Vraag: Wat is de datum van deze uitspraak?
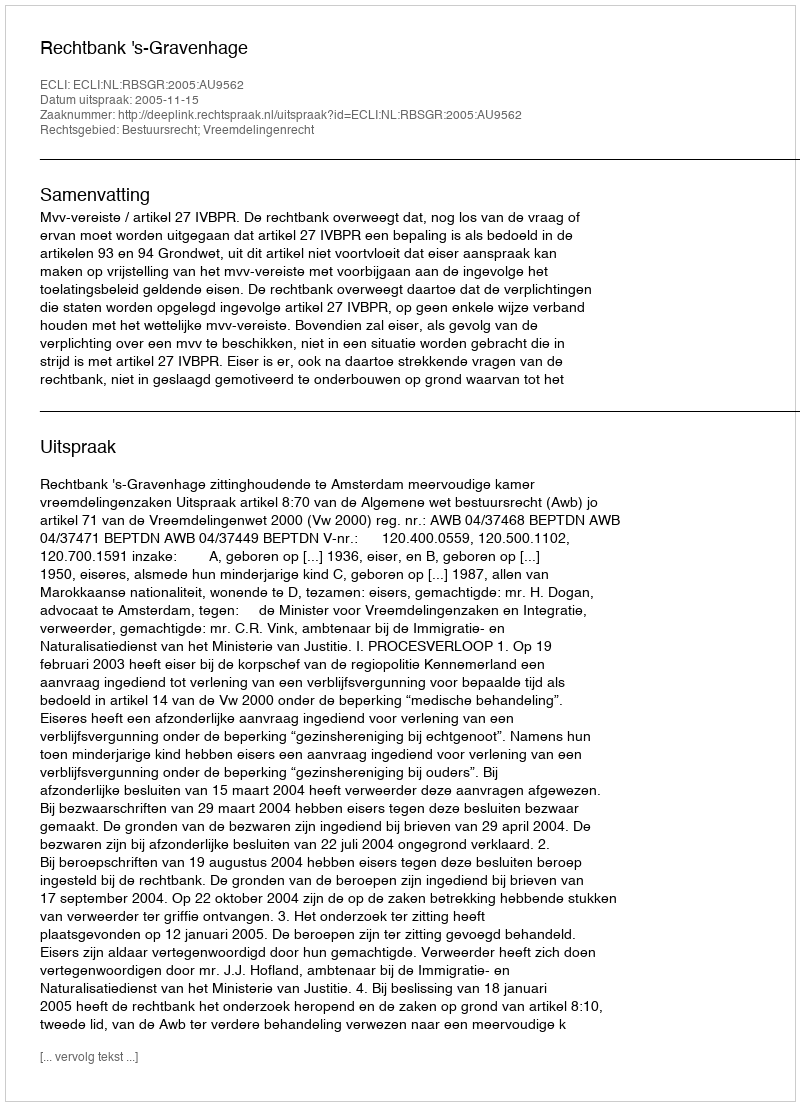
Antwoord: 2005-11-15